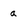
Character: a